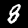
Digit: 8